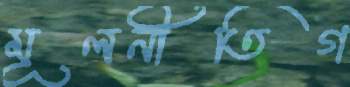
মূলনীতিগ